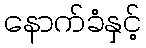
နောက်ခံနှင့်